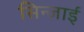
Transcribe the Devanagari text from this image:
सिन्जाई